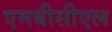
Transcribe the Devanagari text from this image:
एमबीसीएल